Vaccine operations Central Provinces 1868-1885 - 1868-1885
Year: 1868
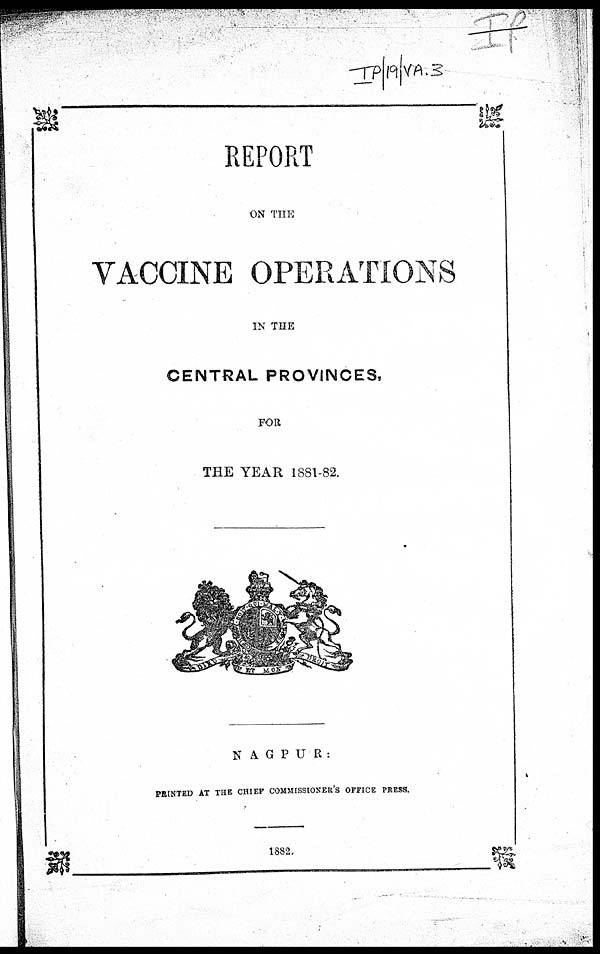
REPORT
ON THE
VACCINE OPERATIONS
IN THE
CENTRAL PROVINCES,
FOR
THE YEAR 1881-82.
NAGPUR:
PRINTED AT THE CHIEF COMMISSIONER'S OFFICE PRESS.
1882.